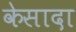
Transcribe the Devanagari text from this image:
केसादा